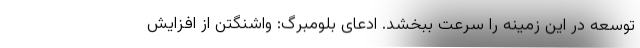
توسعه در این زمینه را سرعت ببخشد. ادعای بلومبرگ: واشنگتن از افزایش